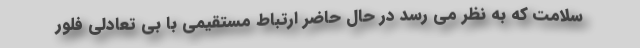
سلامت که به نظر می رسد در حال حاضر ارتباط مستقیمی با بی تعادلی فلور